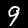
Label: 9